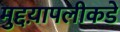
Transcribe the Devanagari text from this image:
मुद्दय़ापलीकडे